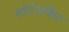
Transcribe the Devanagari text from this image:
शॉर्टसर्किट